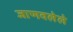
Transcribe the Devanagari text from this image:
जाणवलेले